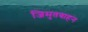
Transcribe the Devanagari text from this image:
जिमुतवाहन